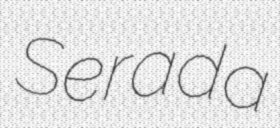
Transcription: Serada